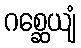
ဂစ္ဆေယျံ